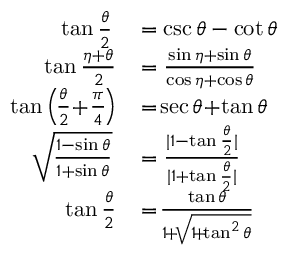
\begin{array} { r l } { \tan { \frac { \theta } { 2 } } } & { { } = \csc \theta - \cot \theta } \\ { \tan { \frac { \eta + \theta } { 2 } } \! } & { { } = { \frac { \sin \eta + \sin \theta } { \cos \eta + \cos \theta } } } \\ { \tan \left( \! { \frac { \theta } { 2 } } \! + \! { \frac { \pi } { 4 } } \! \right) \! } & { { } = \! \sec \theta \! + \! \tan \theta } \\ { { \sqrt { \frac { 1 - \sin \theta } { 1 + \sin \theta } } } } & { { } = { \frac { | 1 - \tan { \frac { \theta } { 2 } } | } { | 1 + \tan { \frac { \theta } { 2 } } | } } } \\ { \tan { \frac { \theta } { 2 } } \! } & { { } = \! { \frac { \tan \theta } { 1 \! + \! { \sqrt { 1 \! + \! \tan ^ { 2 } \theta } } } } } \end{array}